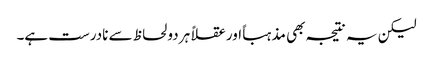
لیکن یہ نتیجہ بھی مذہباً اور عقلاً ہر دو لحاظ سے نادرست ہے۔